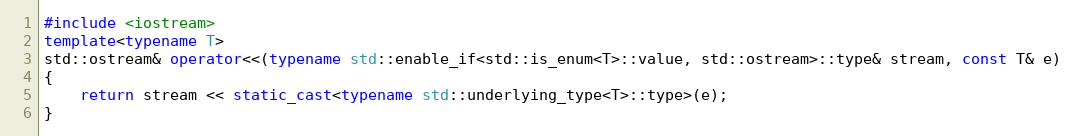
Language: C++
#include <iostream>
template<typename T>
std::ostream& operator<<(typename std::enable_if<std::is_enum<T>::value, std::ostream>::type& stream, const T& e)
{
    return stream << static_cast<typename std::underlying_type<T>::type>(e);
}